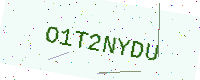
Text: O1T2NYDU